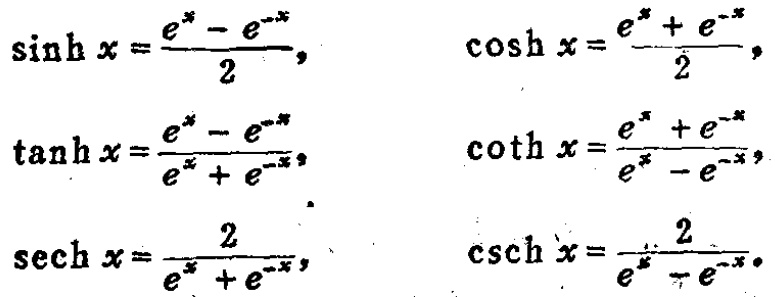
\[\sinh x = \frac{e^{x}-e^{-x}}{2},\quad \cosh x=\frac{e^{x}+e^{-x}}{2},\]

\[\tanh x=\frac{e^{x}-e^{-x}}{e^{x}+e^{-x}},\quad \coth x=\frac{e^{x}+e^{-x}}{e^{x}-e^{-x}},\]

\[\text{sech }x=\frac{2}{e^{x}+e^{-x}},\quad \text{csch }x=\frac{2}{e^{x}-e^{-x}}.\]